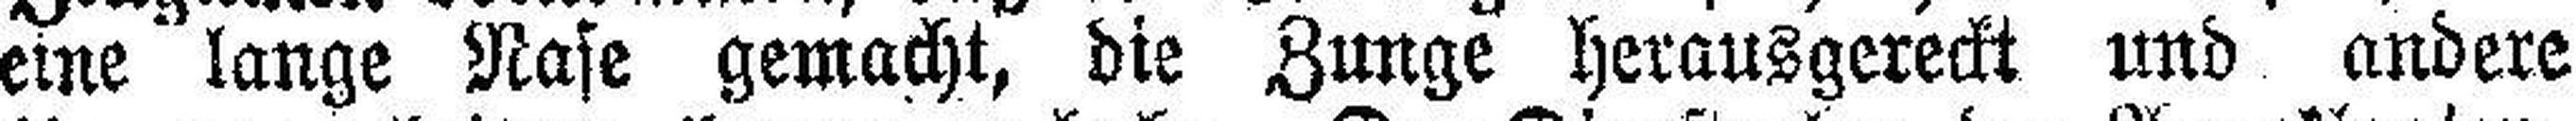
eine lange Nase gemacht, die Zunge herausgereckt und andere